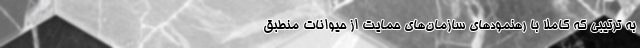
به ترتیبی که کاملا با رهنمودهای سازمان‌های حمایت از حیوانات منطبق